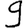
Digit: 9